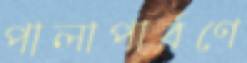
পালাপার্বণে